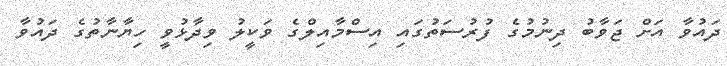
ދައުވާ އަށް ޖަވާބު ދިނުމުގެ ފުރުސަތުގައި އިސްމާއިލްގެ ވަކީލު ވިދާޅުވީ ހިޔާނާތުގެ ދައުވާ